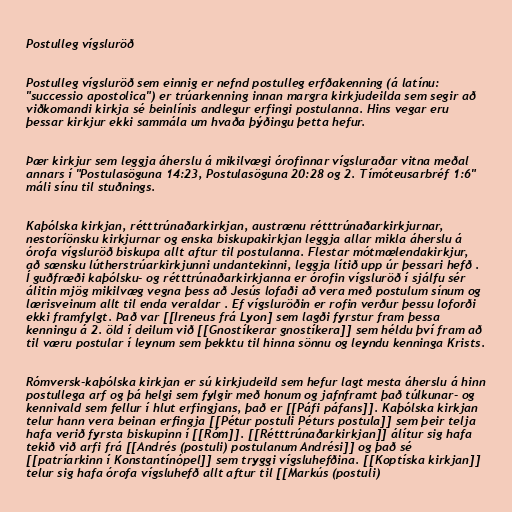
Postulleg vígsluröð

Postulleg vígsluröð sem einnig er nefnd postulleg erfðakenning (á latínu:
"successio apostolica") er trúarkenning innan margra kirkjudeilda sem segir að
viðkomandi kirkja sé beinlínis andlegur erfingi postulanna. Hins vegar eru
þessar kirkjur ekki sammála um hvaða þýðingu þetta hefur.

Þær kirkjur sem leggja áherslu á mikilvægi órofinnar vígsluraðar vitna meðal
annars í "Postulasöguna 14:23, Postulasöguna 20:28 og 2. Tímóteusarbréf 1:6"
máli sínu til stuðnings.

Kaþólska kirkjan, rétttrúnaðarkirkjan, austrænu rétttrúnaðarkirkjurnar,
nestoríönsku kirkjurnar og enska biskupakirkjan leggja allar mikla áherslu á
órofa vígsluröð biskupa allt aftur til postulanna. Flestar mótmælendakirkjur,
að sænsku lútherstrúarkirkjunni undantekinni, leggja lítið upp úr þessari hefð .
Í guðfræði kaþólsku- og rétttrúnaðarkirkjanna er órofin vígsluröð í sjálfu sér
álitin mjög mikilvæg vegna þess að Jesús lofaði að vera með postulum sínum og
lærisveinum allt til enda veraldar . Ef vígsluröðin er rofin verður þessu loforði
ekki framfylgt. Það var [[Ireneus frá Lyon] sem lagði fyrstur fram þessa
kenningu á 2. öld í deilum við [[Gnostíkerar gnostíkera]] sem héldu því fram að
til væru postular í leynum sem þekktu til hinna sönnu og leyndu kenninga Krists.

Rómversk-kaþólska kirkjan er sú kirkjudeild sem hefur lagt mesta áherslu á hinn
postullega arf og þá helgi sem fylgir með honum og jafnframt það túlkunar- og
kennivald sem fellur í hlut erfingjans, það er [[Páfi páfans]]. Kaþólska kirkjan
telur hann vera beinan erfingja [[Pétur postuli Péturs postula]] sem þeir telja
hafa verið fyrsta biskupinn í [[Róm]]. [[Rétttrúnaðarkirkjan]] álítur sig hafa
tekið við arfi frá [[Andrés (postuli) postulanum Andrési]] og það sé
[[patríarkinn í Konstantínópel]] sem tryggi vígsluhefðina. [[Koptíska kirkjan]]
telur sig hafa órofa vígsluhefð allt aftur til [[Markús (postuli)